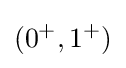
(0^{+},1^{+})